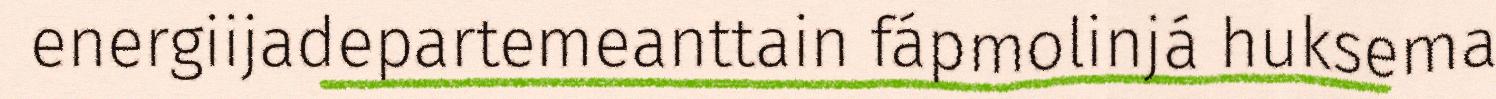
energiijadepartemeanttain fápmolinjá huksema